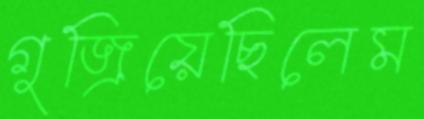
গুজ্‌রিয়েছিলেম